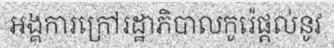
អង្គការក្រៅរដ្ឋាភិបាលកូរ៉េផ្តល់នូវ